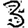
Digit: 3